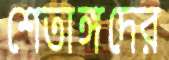
শেতাঙ্গদের